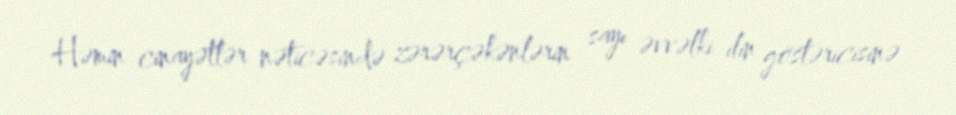
Həmin cinayətlər nəticəsində zərərçəkənlərin sayı əvvəlki ilin göstəricisinə